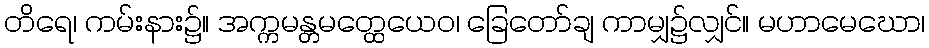
တိရေ၊ ကမ်းနား၌။ အက္ကမန္တမတ္ထေယေဝ၊ ခြေတော်ချ ကာမျှ၌လျှင်။ မဟာမေဃော၊